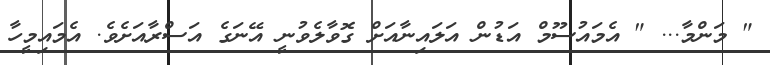
" މަންމާ... " އެމައުސޫމް އަޑުން އަލައިނާއަށް ގޮވާލެވުނީ އޭނަގެ އަސްރާއަށެވެ. އެމައިމީހާ